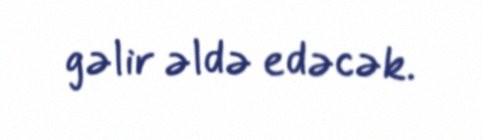
gəlir əldə edəcək.